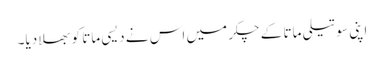
اپنی سوتیلی ماتا کے چکر میں اس نے دیسی ماتا کو بھلا دیا۔